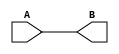
module buffer (B, A);
    input A;
    output B;

    assign B = A;


endmodule